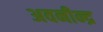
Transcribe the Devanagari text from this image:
अवनीन्द्र